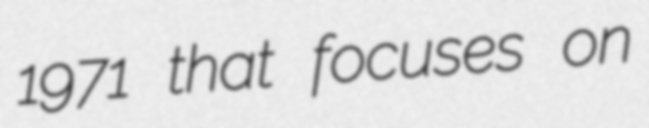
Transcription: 1971 that focuses on